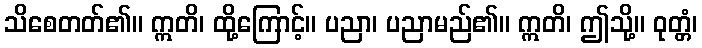
သိစေတတ်၏။ ဣတိ၊ ထို့ကြောင့်။ ပညာ၊ ပညာမည်၏။ ဣတိ၊ ဤသို့။ ဝုတ္တံ၊